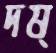
দষ্